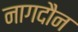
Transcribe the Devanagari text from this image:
नागदौन